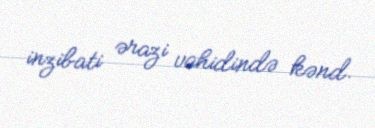
inzibati ərazi vahidində kənd.